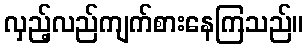
လှည့်လည်ကျက်စားနေကြသည်။